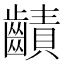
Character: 䶦